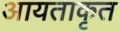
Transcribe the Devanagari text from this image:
आयताकृत